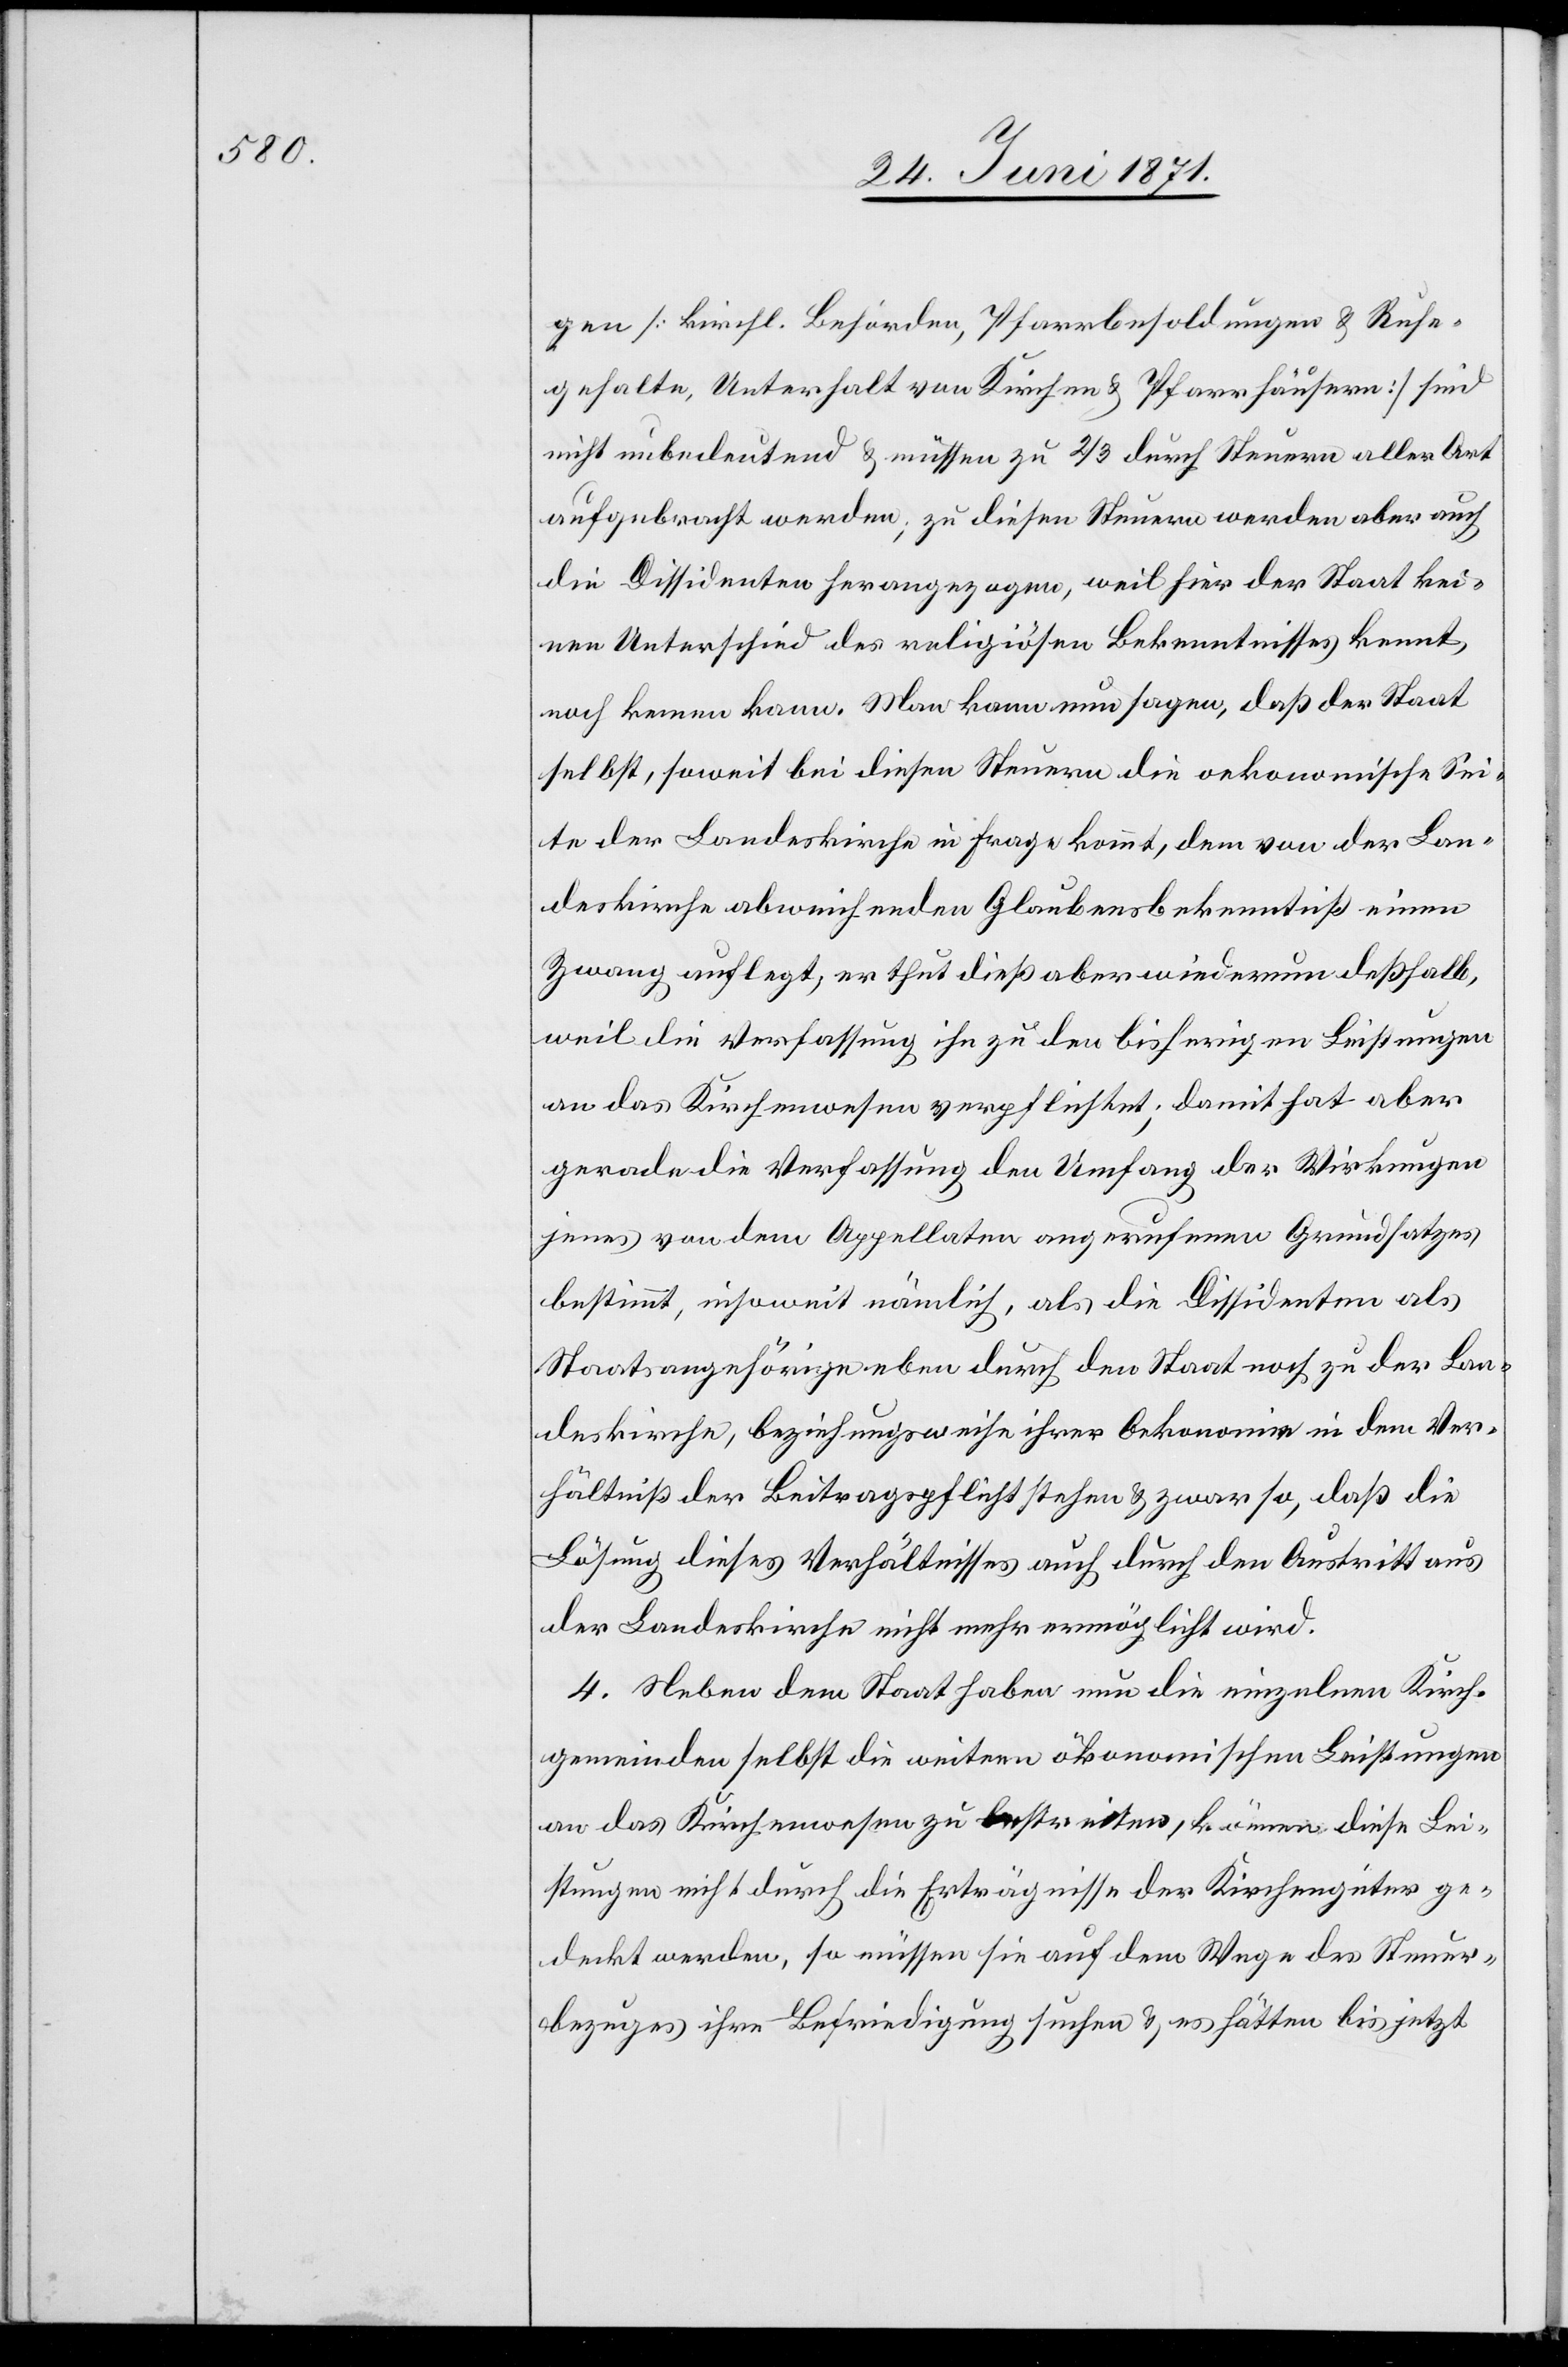
gen [kirchl. Behörden, Pfarrbesoldungen u. Ruhe¬
gehalte, Unterhalt von Kirchen u. Pfarrhäusern] sind
nicht unbedeutend u. müssen zu 2/3 durch Steuern aller Art
aufgebracht werden; zu diesen Steuern werden aber auch
die Dissidenten herangezogen, weil hier der Staat kei¬
nen Unterschied des religiösen Bekenntnisses kennt,
noch kennen kann. Man kann nun sagen, daß der Staat
selbst, soweit bei diesen Steuern die oekonomische Sei¬
te der Landeskirche in Frage kommt, dem von der Lan¬
deskirche abweichenden Glaubensbekenntniß einen
Zwang auflegt, er thut dieß aber wiederum deßhalb,
weil die Verfassung ihn zu den bisherigen Leistungen
an das Kirchenwesen verpflichtet; damit hat aber
gerade die Verfassung den Umfang der Wirkungen
jenes von dem Appellaten angerufenen Grundsatzes
bestimmt, insoweit nämlich, als die Dissidenten als
Staatsangehörige eben durch den Staat noch zu der Lan¬
deskirche, beziehungsweise ihrer Oekonomie in dem Ver¬
hältniß der Beitragspflicht stehen u. zwar so, daß die
Lösung dieses Verhältnisses auch durch den Austritt aus
der Landeskirche nicht mehr ermöglicht wird.
4. Neben dem Staat haben nun die einzelnen Kirch¬
gemeinden selbst die weitern ökonomischen Leistungen
an das Kirchenwesen zu bestreiten, können diese Lei¬
stungen nicht durch die Erträgnisse der Kirchengüter ge¬
deckt werden, so müssen sie auf dem Wege des Steuer¬
bezuges ihre Befriedigung suchen u. es hätten bis jetzt